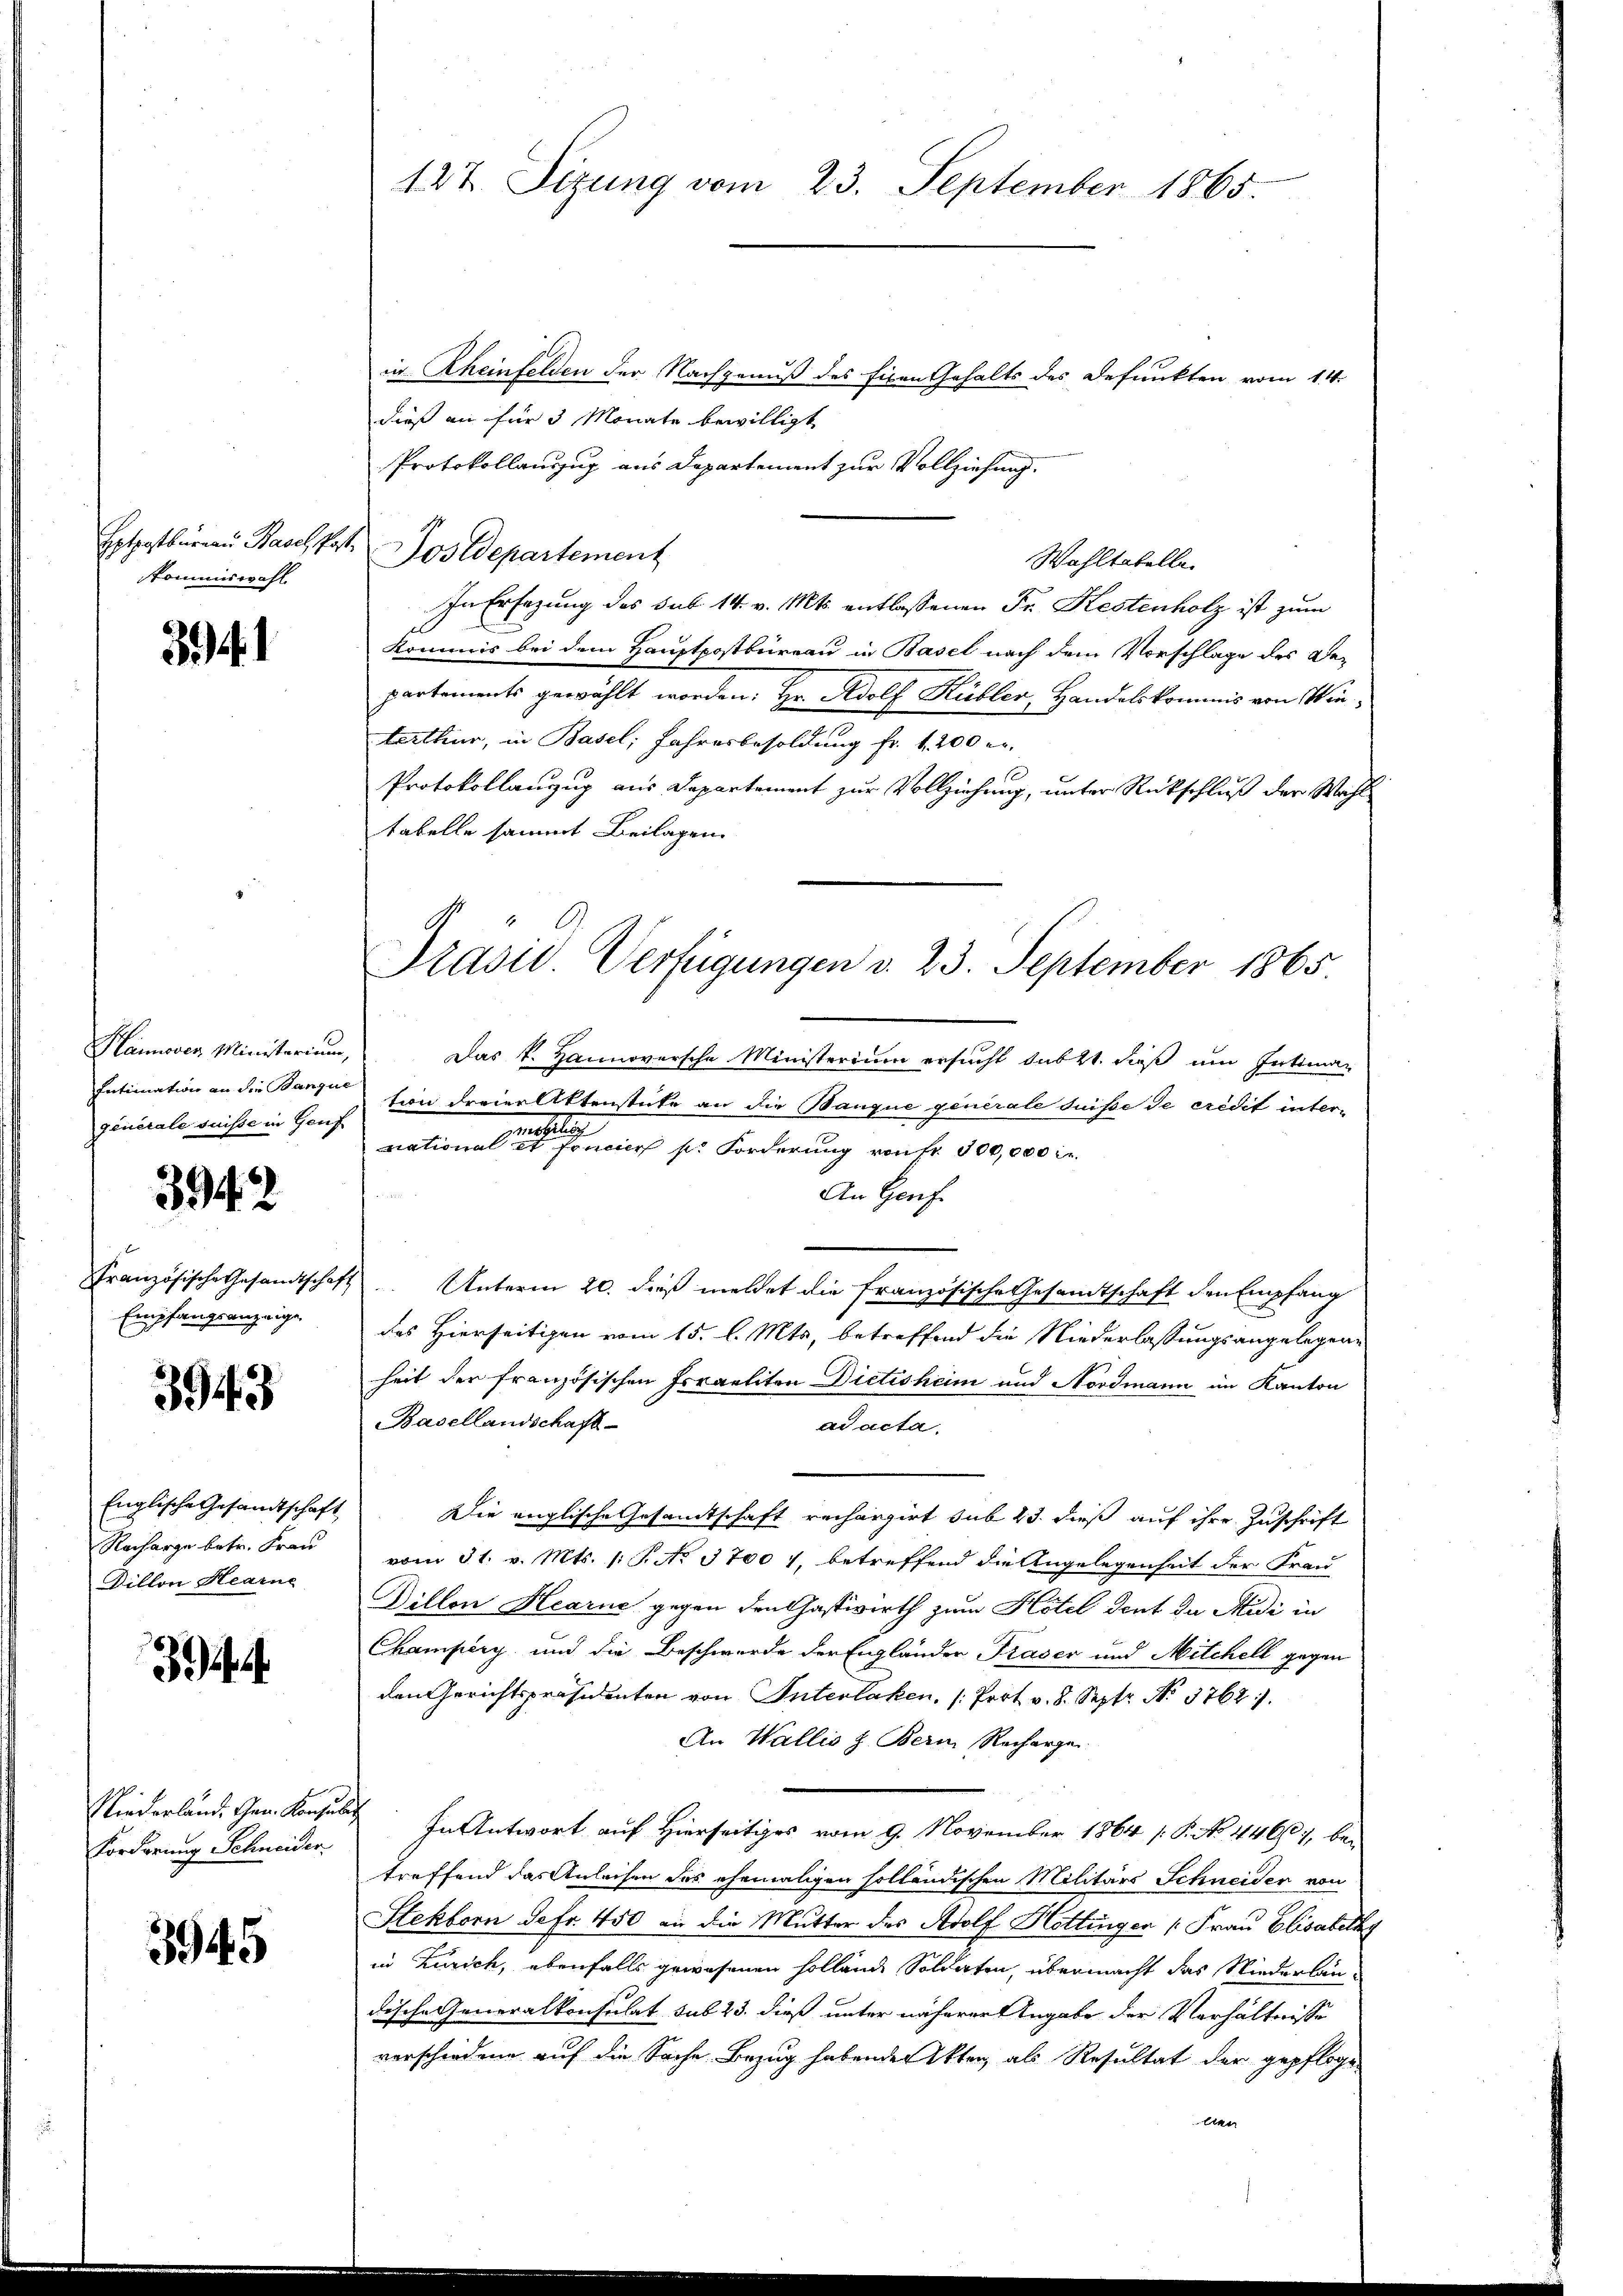
Hotpostbureau Pasch Post.
kommiswahl

341

Hannover Ministerium,
Intimation an die Banque
générale suisse in Genf

3942

Französische Gesandtschaft
Empfangsanzeige

3943

Englische Gesandtschaft
Racharge betr. Frau
Dillon Hearne

34

Forderung Schneider

3945

127. Sizung vom 23. September 1865.

in Rheinfelden der Nachgenuß des Eigen Gehalts des Defunkten vom 14.
dieß an für 3 Monate bewilligt
Protokollauszug aus Departement zur Vollziehung.
Postdepartement
In Ersezung des sub 14 v. Mts. entlassenen Fr. Kestenholz ist zum
Kommis bei dem Hauptpostbüreau in Basel nach dem Vorschlage des Be-
partements gewählt worden. Hr. Adolf Kübler, Handelskommis von Winterthur, in Basel; Jahresbesoldung fr. 1. 200 r.
Protokollanzug aus Departement zur Vollziehung, unter Rückschluß der Wahltabelle sammt Beilagen

Wohltatelle

Das k. Hannoversche Ministerium ersucht subtt. dieß um Intiman
tion dreier Aktenstücke an die Banque generale suisse de crédit inter-
weltlich
national et Concier k. Forderung von fr. 300,000 M.

An Genf.
 Unterm 20. dieß meldet die französische Gesamtschaft den Empfang
des Hierseitigen vom 15. l. Mts, betreffend die Niederlassungsangelegene
heit der französischen Irraeliten Dietisheim und Nordmann im Kanton
Basellandschaft-
ad acta.
Die englische Gesamtschaft rechargirt sub 23. dieß auf ihre Zuschrift
vom 31. v. Mts. (T. No. 37001, betreffend die Angelegenheit der Frau
Dillen Hearne gegen den Gastwirth zum Hotel dent da Midi in
Champery und die Beschwerde der Engländer Praser und Mitchell gegen
den Gerichtspräsidenten von Interlaken, (Port. v. 8. Septr. No. 3762.
An Wallis z. Bern Recharge
Niederland. Gen. Konsul in Antwort auf Hierseitiges vom 9. November 1864 (: P. No. 4460), be-
treffend das Anleisen des ehemaligen solländischen Militärs Schneider von
Stekborn defr. 450 an die Mutter des Adolf Hottinger (Frau Elisabeth
in Zürich, ebenfalls gewesenen sollende Soldaten, übermacht das Niederlantische Generalkonsulat sub 23. dieß unter näherer Angabe der Verhältnisse
verschiedene auf die Sache Bezug habenden Akten, als Resultat der gepfloge
ben

Präsid. Verfügungen d. 23. September 1865.